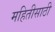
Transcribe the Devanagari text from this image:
महितीसाठी